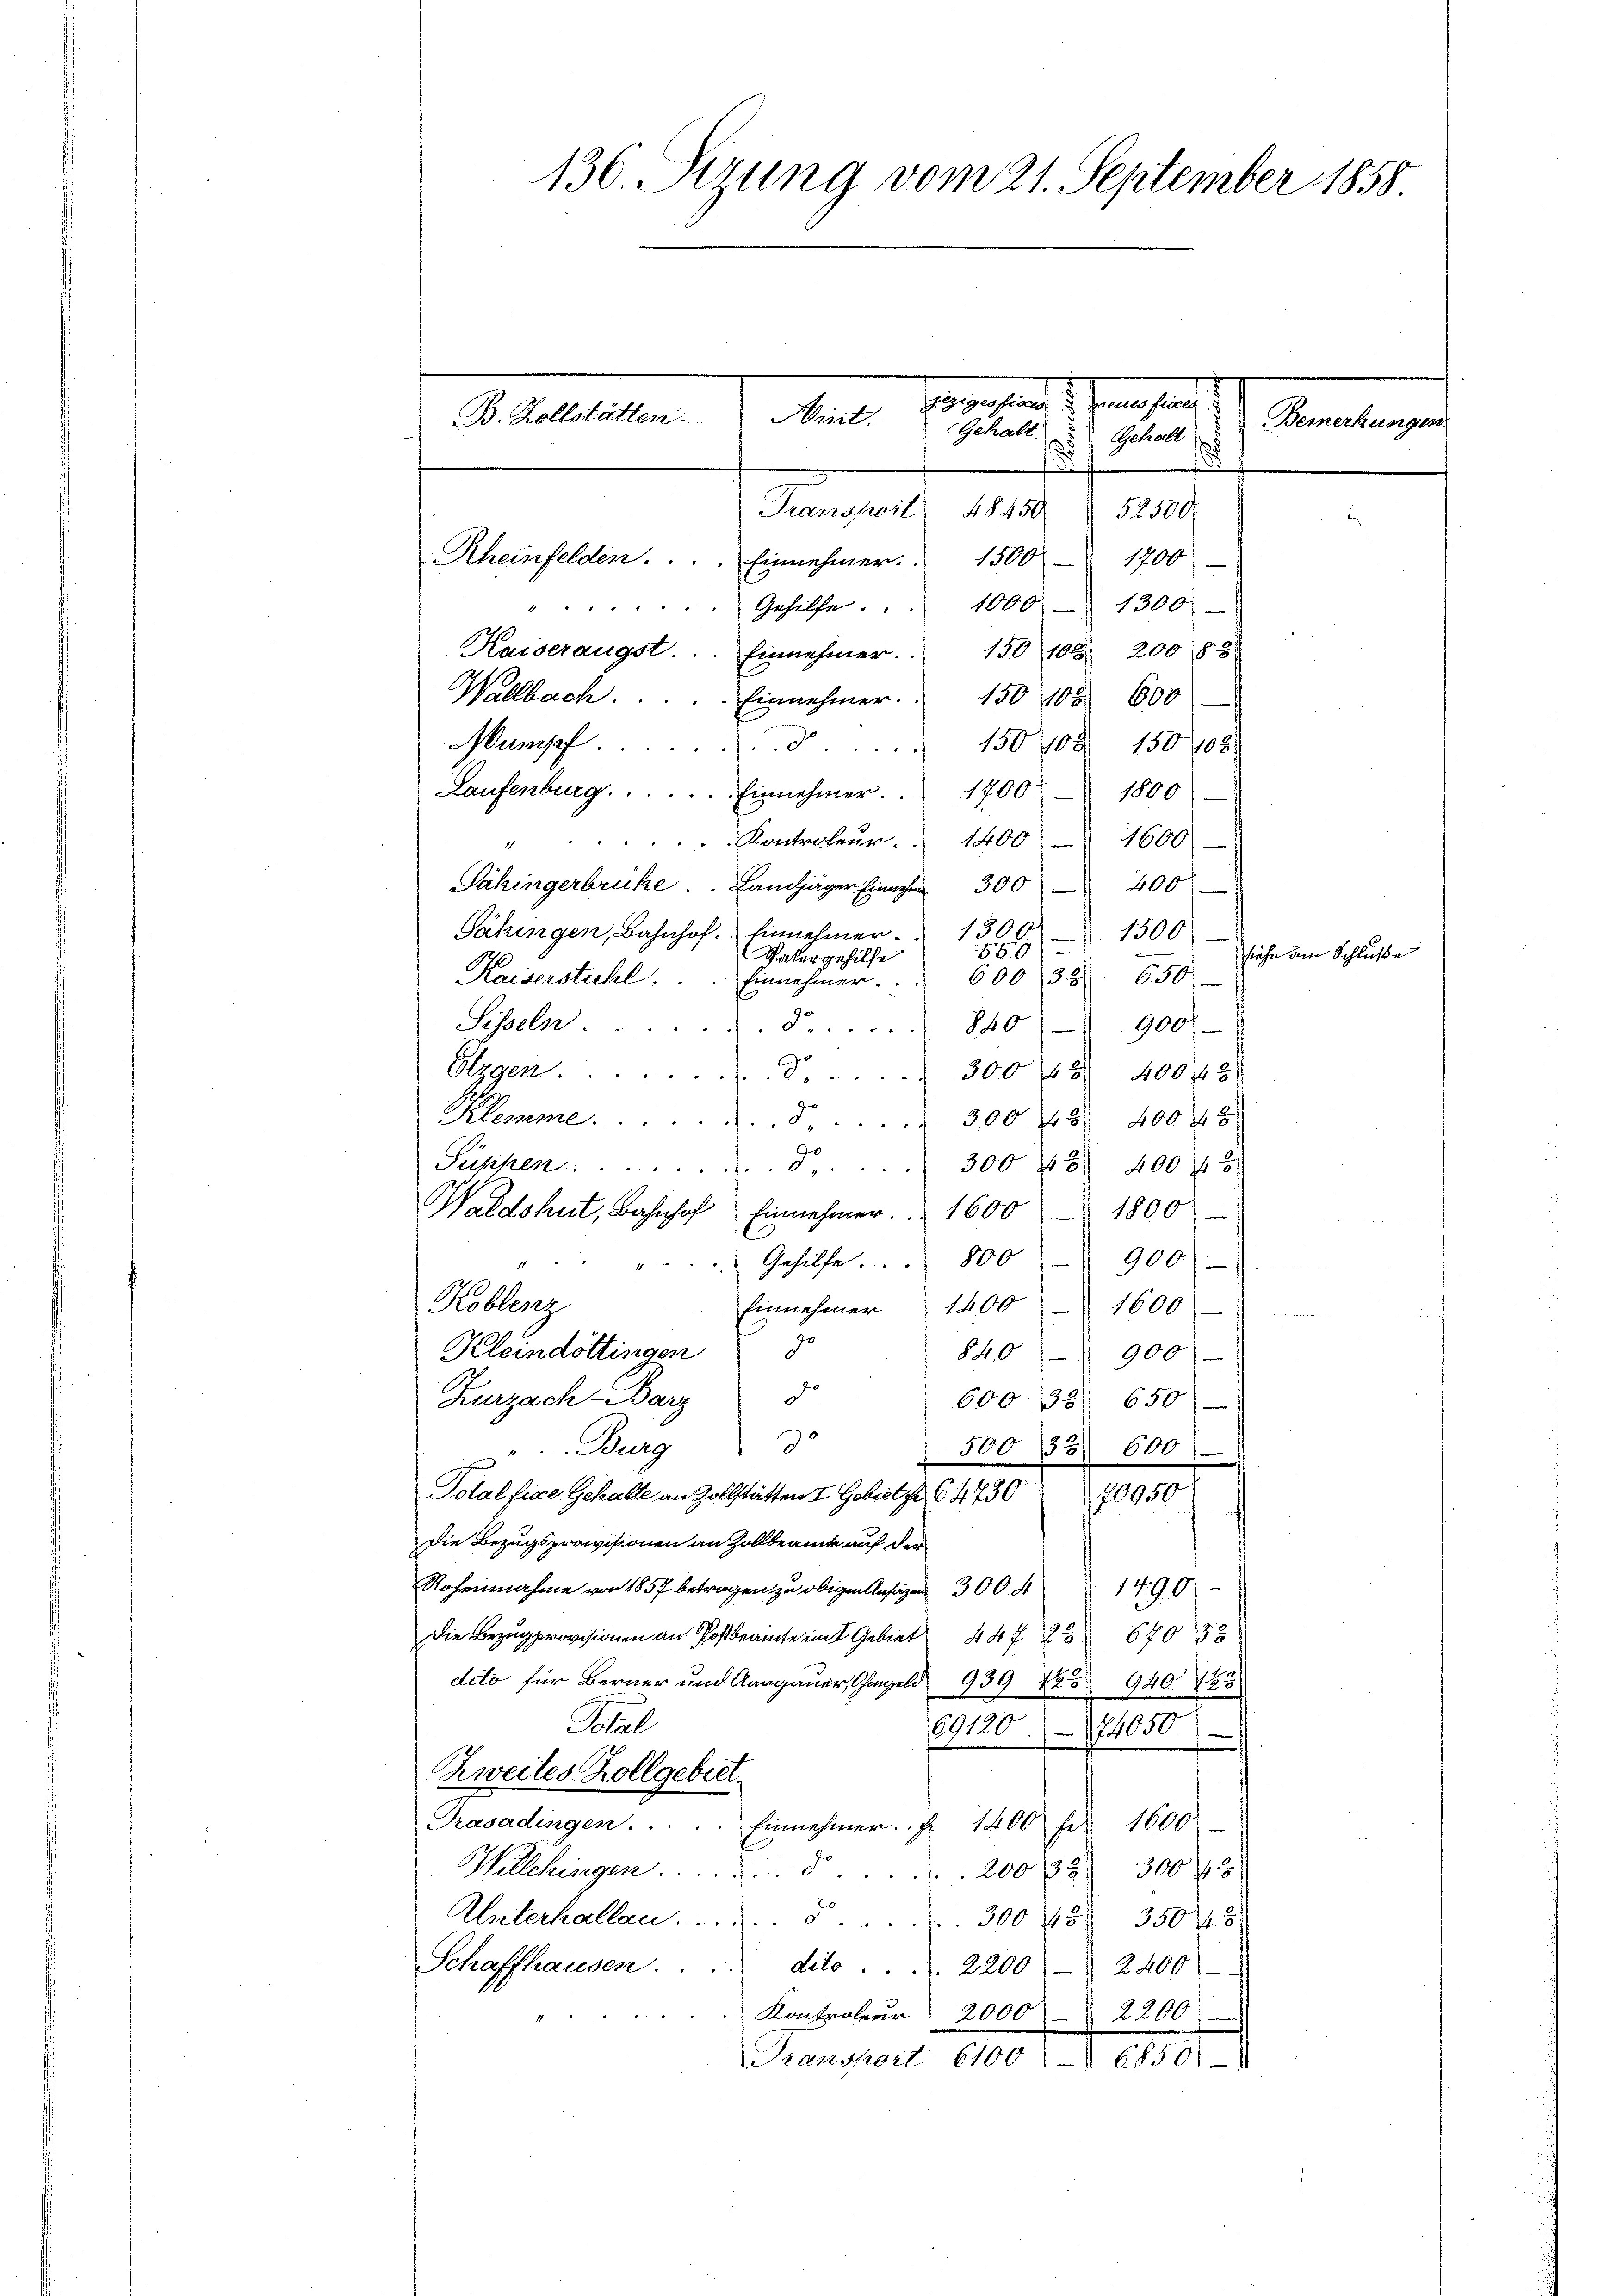
136. Sitzung vom 21. September 1858

oesten d. Gesandt
B. Zollstätten.
int.
Bemerkung
Gehalt.
Getall s
.

Transport 48450
52500
1700
Rheinfelden . . . . Einnehmer.
1500f
Gehilfe. . . 1000. 1300
Kaiseraugst. Einnehmer.  150 103 200 88
Wallbach.
Einnehmer. 150 108. 600
Mumpf. § 15008 15090x
Laufenburg . . . . . . Einnehmer. 1700
1800
"Kontroleur.  1400 - 1600
Päkingerbrücke. Landjäger Einnahm 300 - 400.
1300
Sahingen, Bahnhof. Einnehmer.
1500
e
550)
Vatergehilfe
Kaiserstühl.
600/38. 650
Einnehmer.
Sisseln. ...
840 900.
d
Elzgen . . . . . . . 300 f 40043
Klemme S. 300 f 8 40045
Suppen 8. 300 f 8 40048.
Waldshut, Bahnhof Einnehmer. 1600
1800
Gehilfe 800
900)
11
Koblenz
Einnehmer 1400 - 1600
ze
Kleindöttingen
840 900)
de
Zurzach Barz
60038 650)
"Burg
50022 600)
Polalfige Gehalte an Zollstätten 7 Gobatz. 611730 10950
Die Bezugsprovisionen an Zollbeamte auf der
Roheinnahme von 1857 betragen zu obigen Anlagen 300 41490
Die Bezug provisionen an Postbeamte im Gebiet 44 f 2
670 f 2
dito für Berner und Aargauer, Chmgeld 939 No 940 183
Total
69120. 174050
Zweites Zollgebier.
Trasadingen . . . . . Einnehmer. I 1400 für 1600
Wellchingen 200 f 300 f
Unterhallen 300 45 35045
Schaffhausen. . . . dito . . . 2200 -  2400
2200
Kontroleur 2000
Hangweit 1100 l. J. 1881

siehe um Schluße